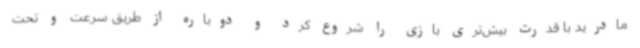
مادرید با قدرت بیش‌تری بازی را شروع کرد و دوباره از طریق سرعت و تحت